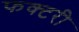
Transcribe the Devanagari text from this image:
फक्टरी